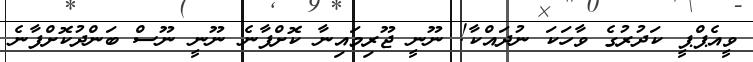
ވީއެޕްޕީ ކަދުރުގެ ވާހަކަ ނުދައްކާ! ނޫނީ ޖޫރިމައިނާ ކޮށްފާނެ ނޫނީ ނޫސް ބަންދުކޮށްފާނެ